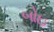
બોઇ